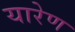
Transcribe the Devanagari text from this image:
यारेण